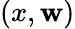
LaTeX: (x,\mathbf{w})